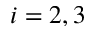
i = 2 , 3